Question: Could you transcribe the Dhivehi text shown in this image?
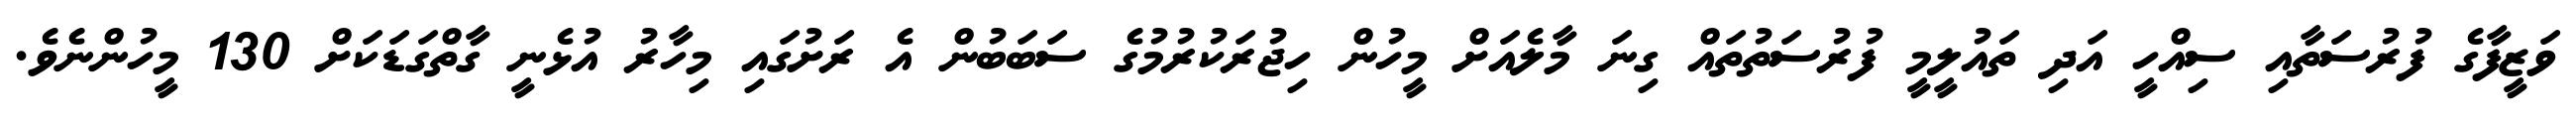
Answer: ވަޒީފާގެ ފުރުސަތާއި ސިއްހީ އަދި ތައުލީމީ ފުރުސަތުތައް ގިނަ މާލެއަށް މީހުން ހިޖުރަކުރުމުގެ ސަބަބުން އެ ރަށުގައި މިހާރު އުޅެނީ ގާތްގަޑަކަށް 130 މީހުންނެވެ.